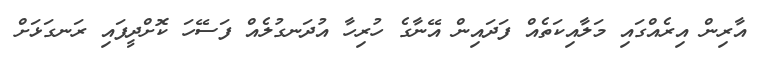
އާރިން އިރެއްގައި މަލާއިކަތެއް ފަދައިން އޭނާގެ ހުރިހާ އުދަނގުލެއް ފަސޭހަ ކޮށްދީފައި ރަނގަޅަށް